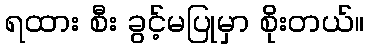
ရထား စီး ခွင့်မပြုမှာ စိုးတယ်။